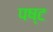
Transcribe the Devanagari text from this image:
पष्ट